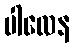
ပါလေန